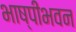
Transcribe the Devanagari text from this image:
भाष्पीभवन